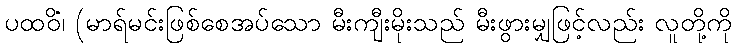
ပထဝိံ၊ (မာရ်မင်းဖြစ်စေအပ်သော မီးကျီးမိုးသည် မီးဖွားမျှဖြင့်လည်း လူတို့ကို